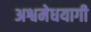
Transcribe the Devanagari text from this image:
अश्वमेधयागी